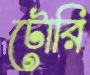
টোরি